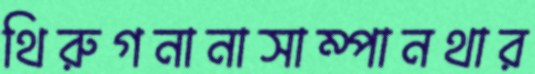
থিরুগনানাসাম্পানথার